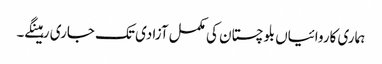
ہماری کاروائیاں بلوچستان کی مکمل آزادی تک جاری رہینگے۔